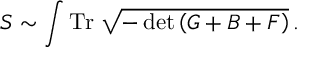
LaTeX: S \sim \int \mathrm { T r } \; \sqrt { - \operatorname * { d e t } \left( G + B + F \right) } \, .